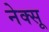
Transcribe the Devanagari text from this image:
नेक्सू